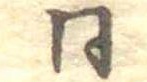
同